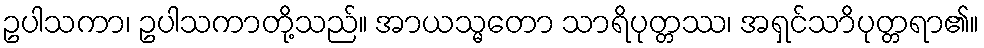
ဥပါသကာ၊ ဥပါသကာတို့သည်။ အာယသ္မတော သာရိပုတ္တဿ၊ အရှင်သာိပုတ္တရာ၏။